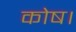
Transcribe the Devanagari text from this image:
कोष।